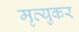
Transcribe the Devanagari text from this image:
मृत्युकर